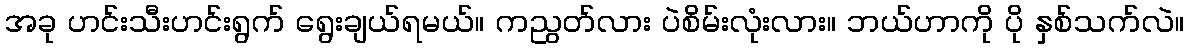
အခု ဟင်းသီးဟင်းရွက် ရွေးချယ်ရမယ်။ ကညွတ်လား ပဲစိမ်းလုံးလား။ ဘယ်ဟာကို ပို နှစ်သက်လဲ။